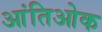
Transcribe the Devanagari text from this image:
आंतिओक